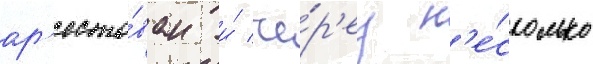
ар'есто́ван и́ че́р'ез н'е́сколько